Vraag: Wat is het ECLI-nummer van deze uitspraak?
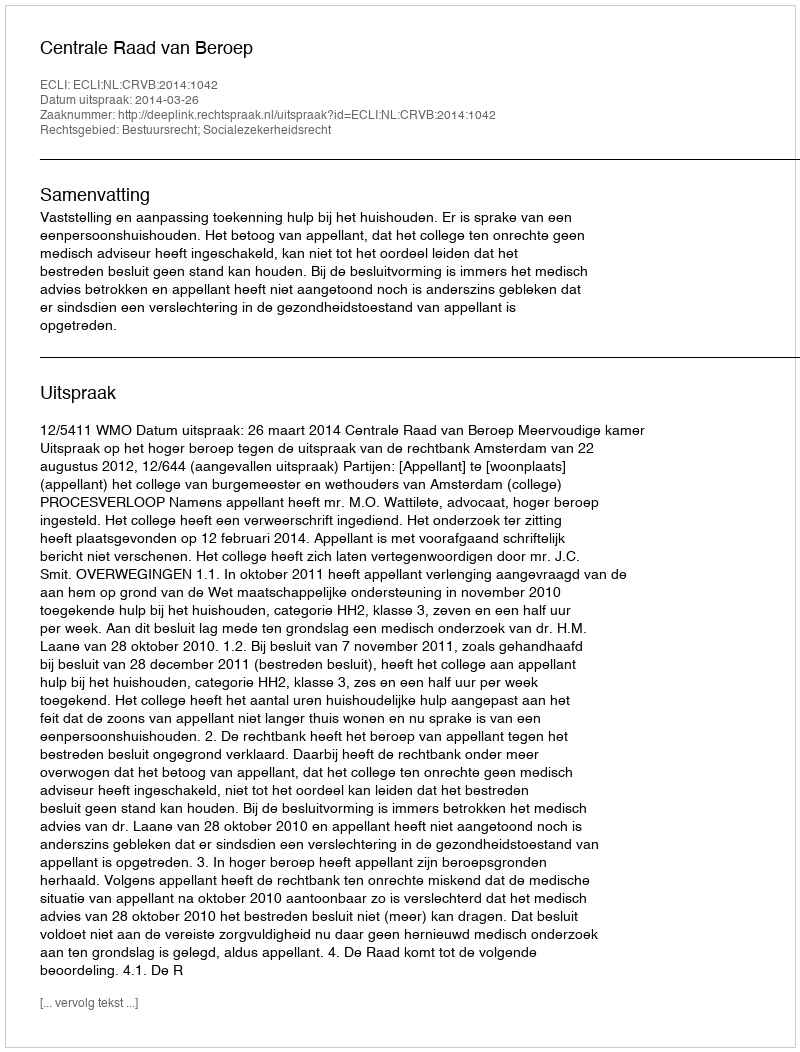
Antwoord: ECLI:NL:CRVB:2014:1042